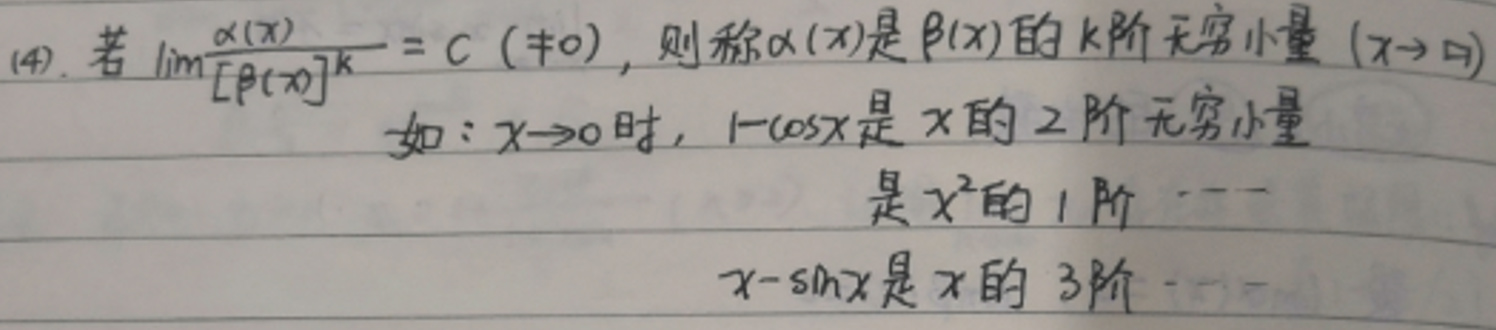
(4). 若\lim_{x \to \square} \frac{$\alpha(x)$}{[$\beta(x)$]^k}=C(\neq 0)，则称$\alpha(x)$是$\beta(x)$的k阶无穷小量$(x \to \square) $\\
如：$x \to 0$时，$1-\cos x$是x的2阶无穷小量 \\
是$x^2$的1阶\cdots \\
$x-\sin x$是x的3阶\cdots